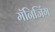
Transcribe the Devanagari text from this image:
मॅनिजिंग